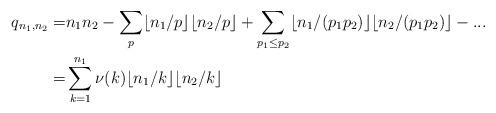
LaTeX: \begin{align*} q_{n_1,n_2}=&n_1n_2 -\sum_p\lfloor n_1/p \rfloor \lfloor n_2/p\rfloor +\sum_{p_1\le p_2}\lfloor n_1/(p_1p_2)\rfloor\lfloor n_2/(p_1p_2)\rfloor - ...\\ =&\sum_{k=1}^{n_1} \nu(k)\lfloor n_1/k\rfloor\lfloor n_2/k\rfloor \end{align*}